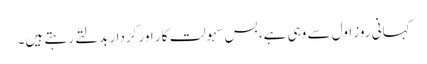
کہانی روز اول سے وہی ہے، بس سہولت کار اور کردار بدلتے رہتے ہیں۔